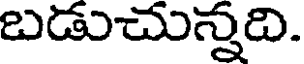
బడుచున్నది.